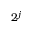
2 ^ { j }